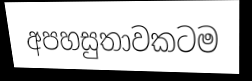
අපහසුතාවකටම